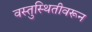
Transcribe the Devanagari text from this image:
वस्तुस्थितीवरून